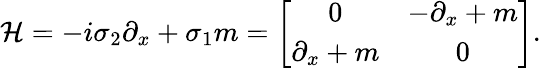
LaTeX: \mathcal{H}=-i\sigma_{2}\partial_{x}+\sigma_{1}m=\left[\begin{array}{cc}{{0}}&{{-\partial_{x}+m}}\\ {{\partial_{x}+m}}&{{0}}\end{array}\right].